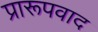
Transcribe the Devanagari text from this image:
प्रारूपवाद